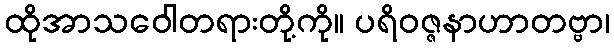
ထိုအာသဝေါတရားတို့ကို။ ပရိဝဇ္ဇနာဟာတဗ္ဗာ၊